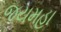
જયમહા